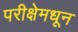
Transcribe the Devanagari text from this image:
परीक्षेमधून